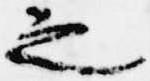
之